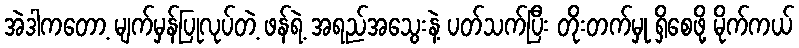
အဲဒါကတော့ မျက်မှန်ပြုလုပ်တဲ့ ဖန်ရဲ့ အရည်အသွေးနဲ့ ပတ်သက်ပြီး တိုးတက်မှု ရှိစေဖို့ မိုက်ကယ်